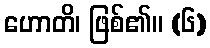
ဟောတိ၊ ဖြစ်၏။ (၆)